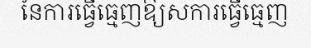
នៃការធ្វើធ្មេញឱ្យសការធ្វើធ្មេញ